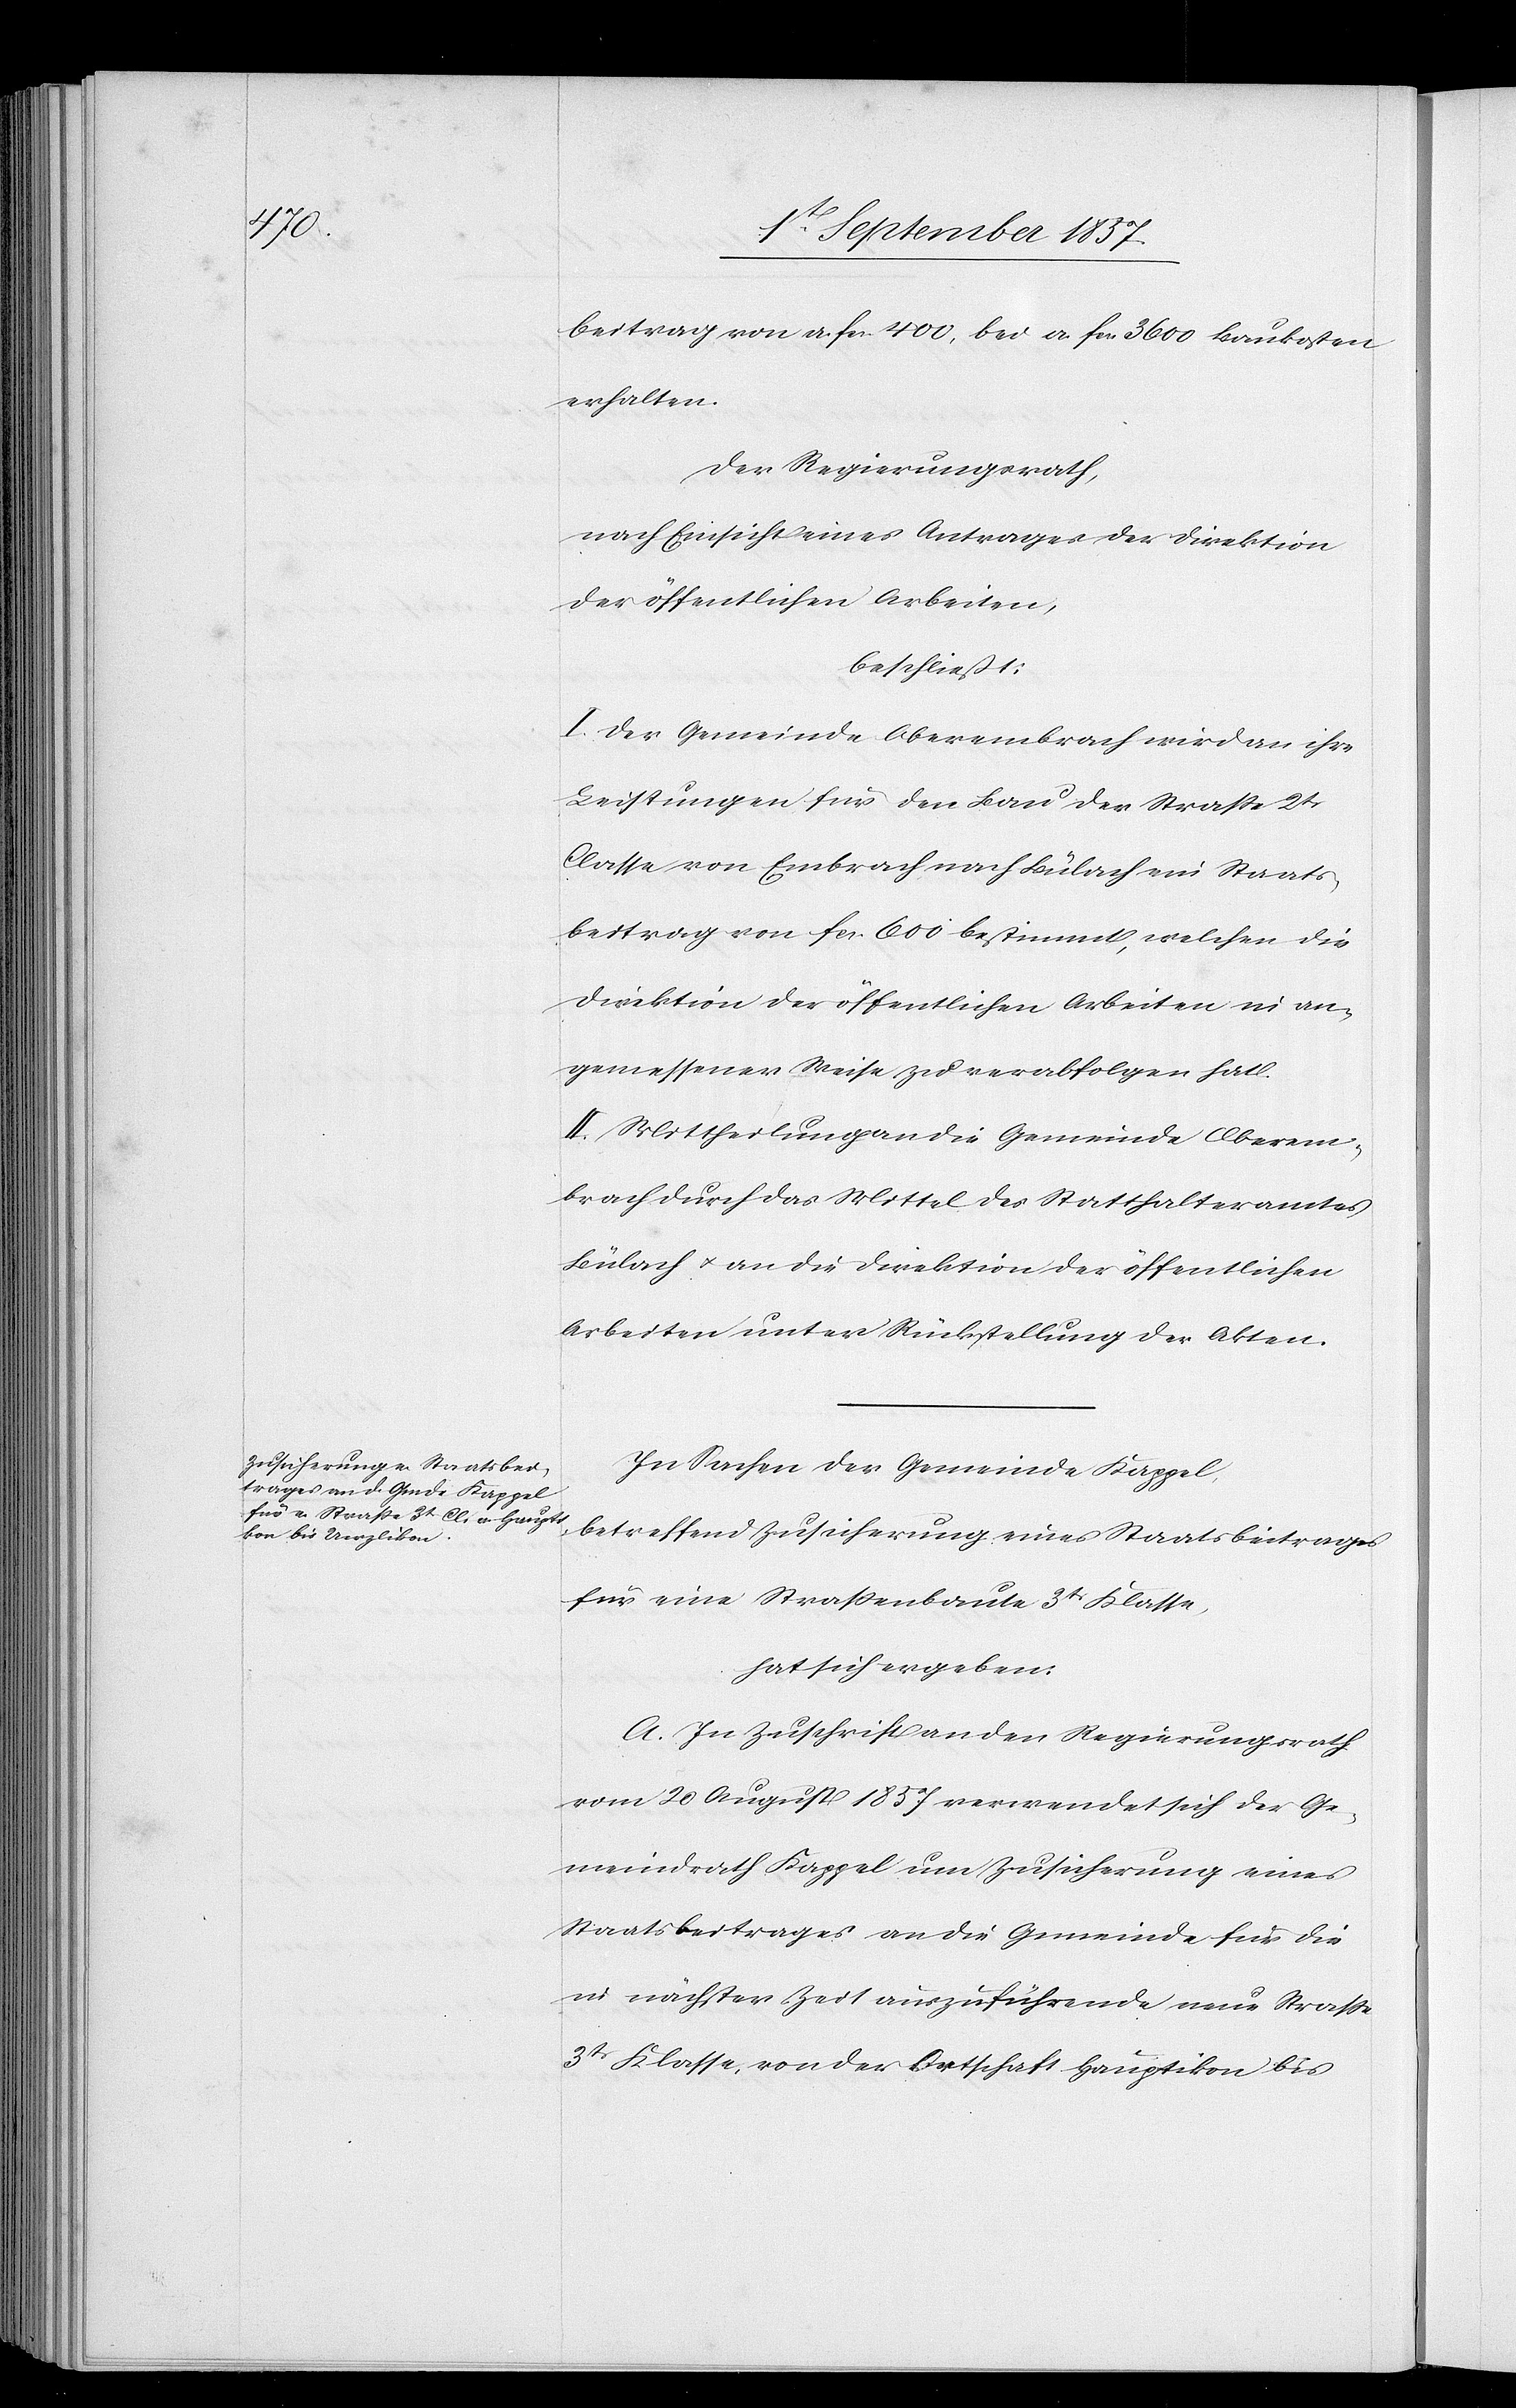
beitrag von a. fcs. 400, bei a. fcs. 3600 Baukosten
erhalten.
Der Regierungsrath,
nach Einsicht eines Antrages der Direktion
der öffentlichen Arbeiten,
beschließt:
I. Der Gemeinde Oberembrach wird an ihre
Leistungen für den Bau der Straße 2tr
Klasse von Embrach nach Bülach ein Staats¬
beitrag von fcs 600 bestimmt, welchen die
Direktion der öffentlichen Arbeiten in an¬
gemessener Weise zu verabfolgen hat.
II. Mittheilung an die Gemeinde Oberem¬
brach durch das Mittel des Statthalteramtes
Bülach & an die Direktion der öffentlichen
Arbeiten unter Rückstellung der Akten.
In Sachen der Gemeinde Kappel,
betreffend Zusicherung eines Staatsbeitrages
für eine Straßenbaute 3tr Klasse,
hat sich ergeben:
A. In Zuschrift an den Regierungsrath
vom 20 August 1857 verwendet sich der Ge¬
meindrath Kappel um Zusicherung eines
Staatsbeitrages an die Gemeinde für die
in nächster Zeit auszuführende neue Straße
3tr Classe, von der Ortschaft Hauptikon bis